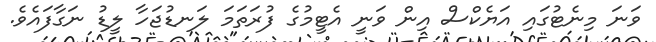
ވަނަ މިނެޓުގައި އަޔެކްސް އިން ވަނީ އެޓީމުގެ ފުރަތަމަ ލަނޑުޖަހާ ލީޑު ނަގާފައެވެ.